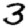
Digit: 3